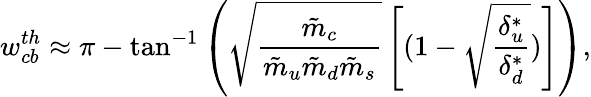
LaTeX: w_{cb}^{th}\approx\pi-\tan^{-1}\left(\sqrt{\frac{\tilde{m}_{c}}{\tilde{m}_{u}\tilde{m}_{d}\tilde{m}_{s}}}\left[(1-\sqrt{\frac{\delta_{u}^{*}}{\delta_{d}^{*}}})\right]\right),